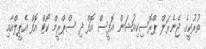
ތުރުކީގެ ޖެނެރަލް ޕްރޮސިކިއުޝަން އޮފީސް އޮފް ދި ސްޕްރީމް ކޯޓް އޮފް އެޕީލްއާއި